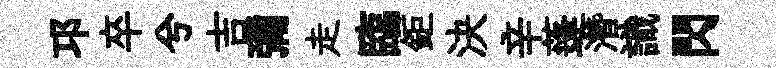
邛卒兮吉彌走臨鉅決辛蓬濳識閃